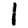
Digit: 1